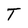
Character: T